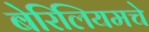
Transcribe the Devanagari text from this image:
बेरिलियमचे